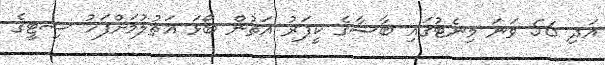
އަދި 56 ވަނަ މިނެޓުގައި ބާސާގެ ކީޕަރު އަތުން ބޯޅަ އަތުލުމަށްފަހު ސިޓީގެ